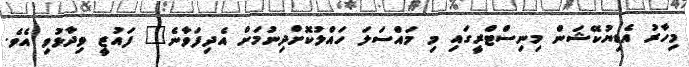
މިހާރު އެޑިޔުކޭޝަން މިނިސްޓްރީގައި މި މައްސަލަ ހައްލުކޮށްދިނުމަށް އެދިފަވާނެ" ފައުޒީ ވިދާޅުވި އެވެ.